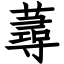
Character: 蕁